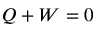
Q + W = 0